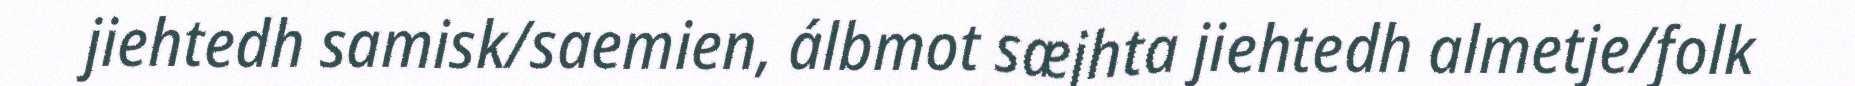
jiehtedh samisk/saemien, álbmot sæjhta jiehtedh almetje/folk